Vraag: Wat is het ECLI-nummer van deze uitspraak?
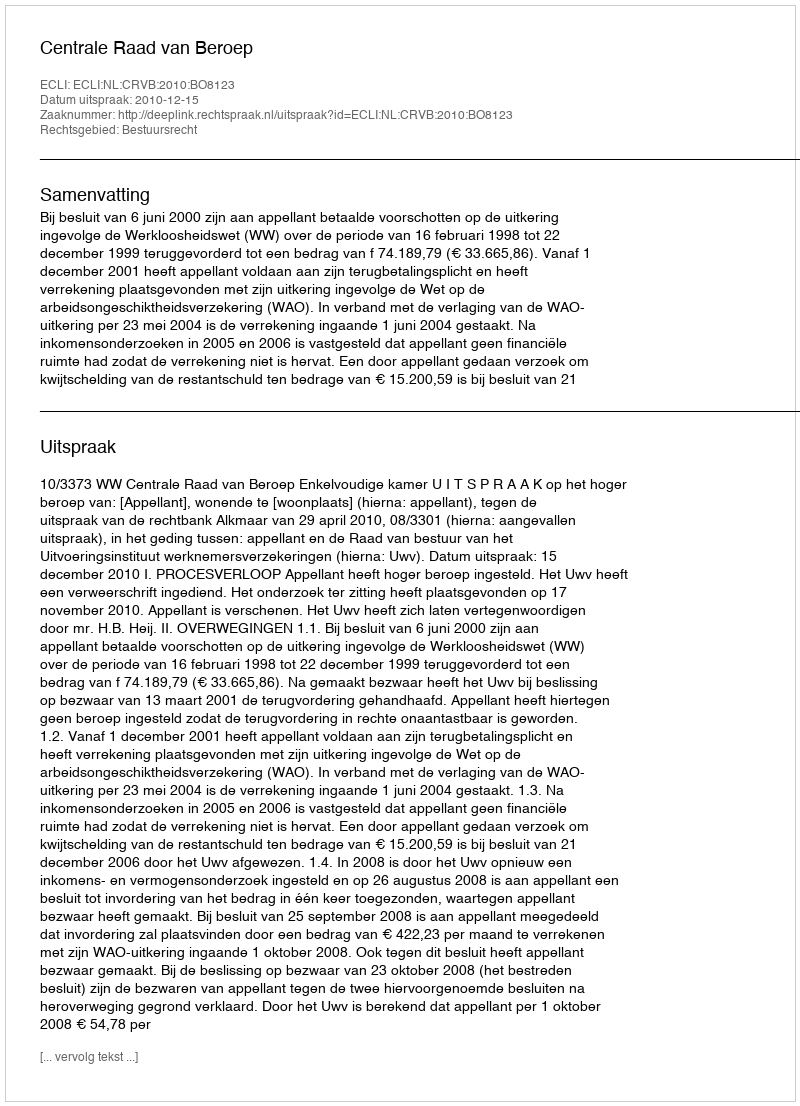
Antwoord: ECLI:NL:CRVB:2010:BO8123